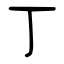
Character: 丁